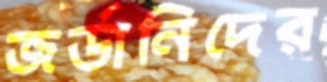
জর্ডানিদের